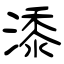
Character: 潻